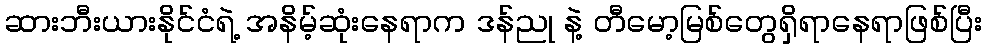
ဆားဘီးယားနိုင်ငံရဲ့ အနိမ့်ဆုံးနေရာက ဒန်ညု နဲ့ တီမော့မြစ်တွေရှိရာနေရာဖြစ်ပြီး